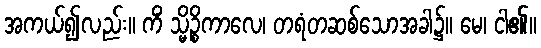
အကယ်၍လည်း။ ကိံ သ္မိဉ္စိကာလေ၊ တရံတဆစ်သောအခါ၌။ မေ၊ ငါ၏။